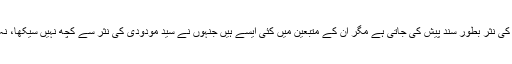
سید مودودیؒ کی نثر بطور سند پیش کی جاتی ہے مگر ان کے متبعین میں کئی ایسے ہیں جنہوں نے سید مودودیؒ کی نثر سے کچھ نہیں سیکھا، نہ تلفظ نہ املا۔